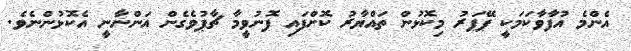
އެންމެ އުފާވާކަމަކީ ޕޭޕަރު މިކޮޅުން ތައްޔާރު ކޮށްފައި ފޮނުވީމާ ޗާޕުވެގެން އަންނާނީ އެކޮޅުންނެވެ.